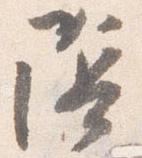
陰